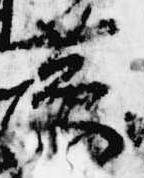
黄